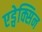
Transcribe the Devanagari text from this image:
एड्वेक्सिन